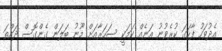
އެދުވަހު ފާހަގަ ކުރެވުނު އަނެއް ކަމަކީ ސަހަރާއަށް މޫނު ބަލަން ގެންގޮސް ދައްތަ